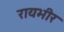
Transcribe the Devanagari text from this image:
रायभीर